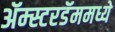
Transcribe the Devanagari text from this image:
ॲम्स्टरडॅममध्ये